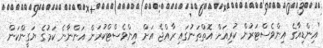
"އިންޑިއާގެ އިންވެސްޓަރުން ކުރިއަށް އޮތްތަނުގައި ރާއްޖެ އަށް އިންވެސްޓްކުރަން އަންނާނެ ކަމުގެ ޔަގީންކަން